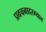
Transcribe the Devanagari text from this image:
प्रवचनादरम्यान